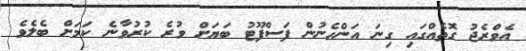
އެވްރެޖު ގޮތެއްގައި ގިނަ އަންހެނުން ފަސްފޫޓު ބަޔަށް ވުރެ ކުރުވާނެ ކަމަށް ބެލެވެ